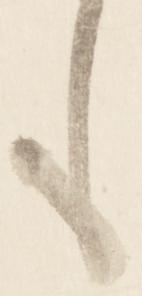
も